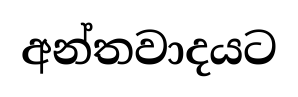
අන්තවාදයට